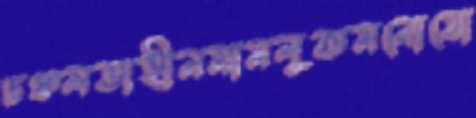
চঞ্চলতাহীনমামলুকমনোযো